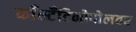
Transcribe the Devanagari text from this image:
काँस्टँटिनोपोलवर